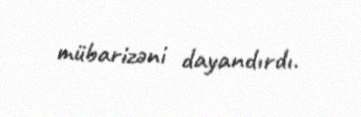
mübarizəni dayandırdı.